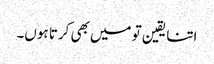
اتنا یقین تو میں بھی کرتا ہوں۔